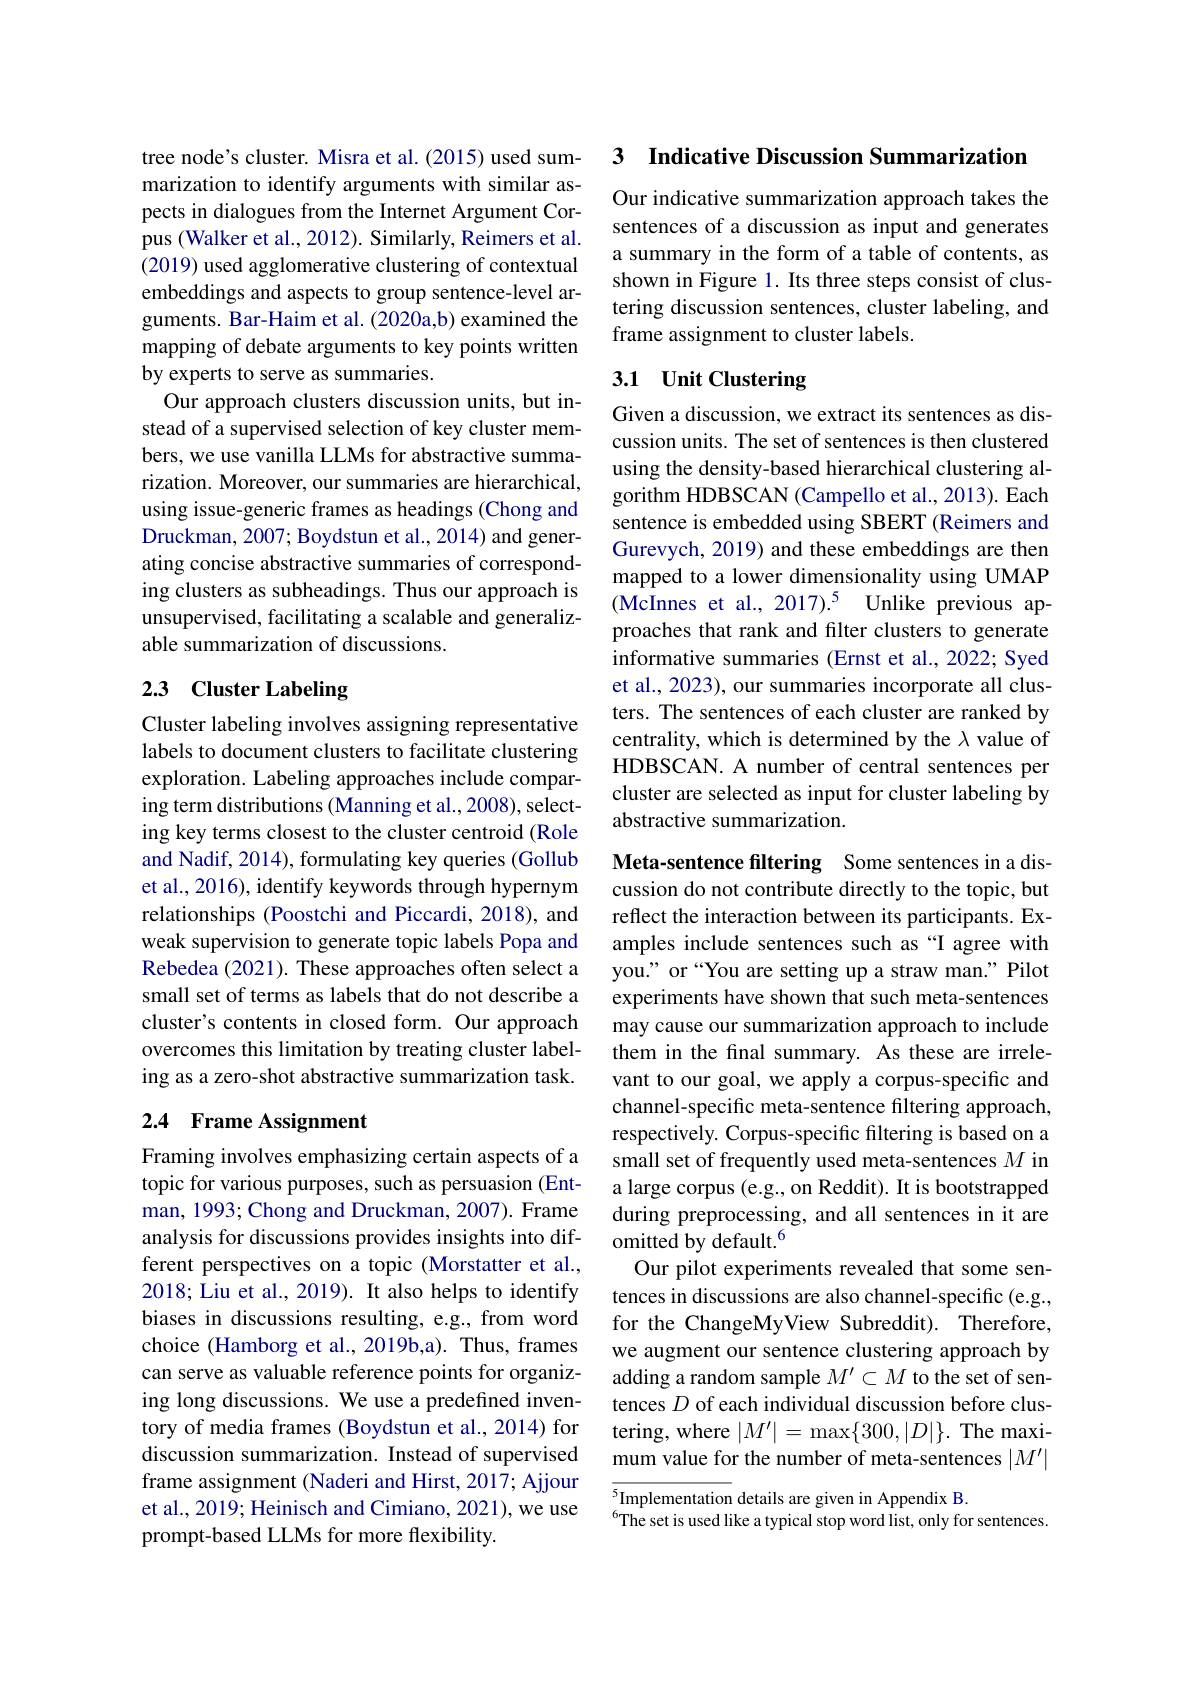
tree node's cluster. Misra et al. (2015) used summarization to identify arguments with similar aspects in dialogues from the Internet Argument Corpus (Walker et al., 2012). Similarly, Reimers et al. (2019) used agglomerative clustering of contextual embeddings and aspects to group sentence-level arguments. Bar-Haim et al. (2020a,b) examined the mapping of debate arguments to key points written by experts to serve as summaries.
Our approach clusters discussion units, but instead of a supervised selection of key cluster members, we use vanilla LLMs for abstractive summarization. Moreover, our summaries are hierarchical, using issue-generic frames as headings (Chong and Druckman, 2007; Boydstun et al., 2014) and generating concise abstractive summaries of corresponding clusters as subheadings. Thus our approach is unsupervised, facilitating a scalable and generalizable summarization of discussions.

## 2.3 Cluster Labeling

Cluster labeling involves assigning representative labels to document clusters to facilitate clustering exploration. Labeling approaches include comparing term distributions (Manning et al., 2008), selecting key terms closest to the cluster centroid (Role and Nadif, 2014), formulating key queries (Gollub et al., 2016), identify keywords through hypernym relationships (Poostchi and Piccardi, 2018), and weak supervision to generate topic labels Popa and Rebedea (2021). These approaches often select a small set of terms as labels that do not describe a cluster's contents in closed form. Our approach overcomes this limitation by treating cluster labeling as a zero-shot abstractive summarization task.

## 2.4 Frame Assignment

Framing involves emphasizing certain aspects of a topic for various purposes, such as persuasion (Entman, 1993; Chong and Druckman, 2007). Frame analysis for discussions provides insights into different perspectives on a topic (Morstatter et al., 2018; Liu et al., 2019). It also helps to identify biases in discussions resulting, e.g., from word choice (Hamborg et al., 2019b,a). Thus, frames can serve as valuable reference points for organizing long discussions. We use a predefined inventory of media frames (Boydstun et al., 2014) for discussion summarization. Instead of supervised frame assignment (Naderi and Hirst, 2017; Ajjour et al., 2019; Heinisch and Cimiano, 2021), we use prompt-based LLMs for more flexibility.

3 Indicative Discussion Summarization

Our indicative summarization approach takes the sentences of a discussion as input and generates a summary in the form of a table of contents, as shown in Figure 1. Its three steps consist of clustering discussion sentences, cluster labeling, and frame assignment to cluster labels.

## 3.1 Unit Clustering

Given a discussion, we extract its sentences as discussion units. The set of sentences is then clustered using the density-based hierarchical clustering algorithm HDBSCAN (Campello et al., 2013). Each sentence is embedded using SBERT (Reimers and Gurevych, 2019) and these embeddings are then mapped to a lower dimensionality using UMAP (McInnes et al., 2017).5 Unlike previous approaches that rank and filter clusters to generate informative summaries (Ernst et al., 2022; Syed et al., 2023), our summaries incorporate all clusters. The sentences of each cluster are ranked by centrality, which is determined by the $\lambda$ value of HDBSCAN. A number of central sentences per cluster are selected as input for cluster labeling by abstractive summarization.

Meta-sentence filtering Some sentences in a discussion do not contribute directly to the topic, but reflect the interaction between its participants. Examples include sentences such as“I agree with you." or “You are setting up a straw man." Pilot experiments have shown that such meta-sentences may cause our summarization approach to include them in the final summary. As these are irrelevant to our goal, we apply a corpus-specific and channel-specific meta-sentence filtering approach, respectively. Corpus-specific filtering is based on a small set of frequently used meta-sentences $M$ in a large corpus (e.g., on Reddit). It is bootstrapped during preprocessing, and all sentences in it are omitted by default.$^{6}$
Our pilot experiments revealed that some sentences in discussions are also channel-specific (e.g., for the ChangeMyView Subreddit). Therefore, we augment our sentence clustering approach by adding a random sample $M^{\prime}\subset M$ to the set of sentences $D$ of each individual discussion before clustering, where $|M^{\prime}|=\max\{300,|D|\}.$ The maximum value for the number of meta-sentences $|M^\prime|$ $\sqrt{5}$Implementation details are given in Appendix B.

$^{6}$The set is used like a typical stop word list, only for sentences.